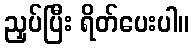
ညှပ်ပြီး ရိတ်ပေးပါ။